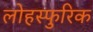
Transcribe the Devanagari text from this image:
लोहस्फुरिक